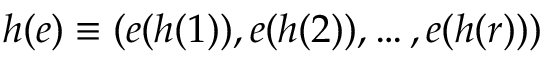
h ( e ) \equiv ( e ( h ( 1 ) ) , e ( h ( 2 ) ) , \ldots , e ( h ( r ) ) )